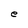
Character: e